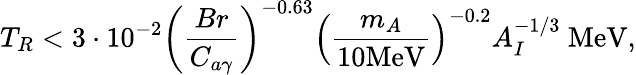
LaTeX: T_{R}<3\cdot 10^{-2}\left(\frac{Br}{C_{a\gamma}}\right)^{-0.63}\left(\frac{m_{A}}{10\mathrm{MeV}}\right)^{-0.2}A_{I}^{-1/3}\mathrm{~MeV},